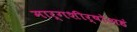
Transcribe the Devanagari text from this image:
मार्गशीर्षोअहं